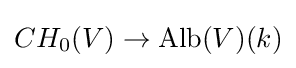
CH_{0}(V)\to \operatorname {Alb} (V)(k)